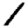
Digit: 1